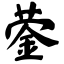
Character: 蓥